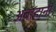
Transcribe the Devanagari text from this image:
अबाहानी